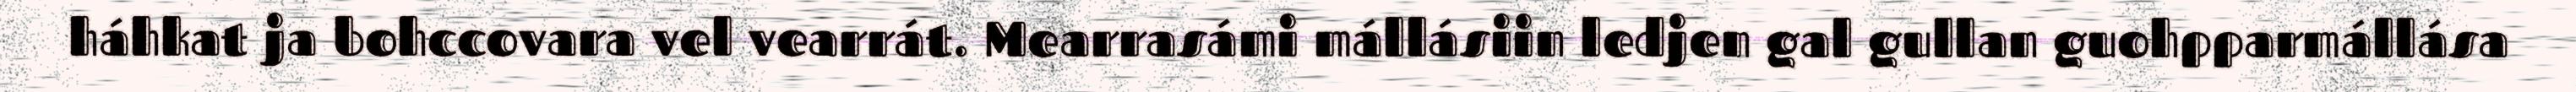
háhkat ja bohccovara vel vearrát. Mearrasámi mállásiin ledjen gal gullan guohpparmállása